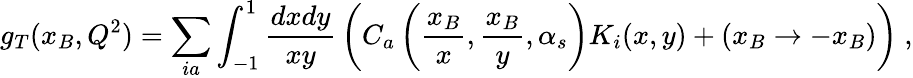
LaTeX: g_{T}(x_{B},Q^{2})=\sum_{ia}\int_{-1}^{1}{\frac{dxdy}{xy}}\left(C_{a}\left({\frac{x_{B}}{x}},{\frac{x_{B}}{y}},\alpha_{s}\right)K_{i}(x,y)+(x_{B}\rightarrow-x_{B})\right)\ ,